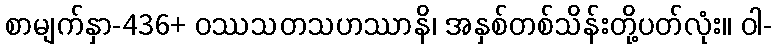
စာမျက်နှာ-436+ ဝဿသတသဟဿာနိ၊ အနှစ်တစ်သိန်းတို့ပတ်လုံး။ ဝါ-